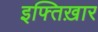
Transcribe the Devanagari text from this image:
इफ्तिख़ार